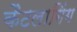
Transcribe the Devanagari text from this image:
कैटलागिंग